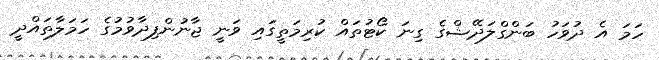
ހަމަ އެ ދުވަހު ބަންގްލަދޭޝްގެ ގިނަ ކޯޓުތައް ކުރިމަތީގައި ވަނީ ޖާނުންފިދާވުމުގެ ހަމަލާތައްދީ